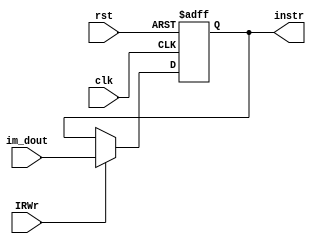
module IR (clk, rst, IRWr, im_dout, instr);
               
   input         clk;
   input         rst;
   input         IRWr; 
   input  [31:0] im_dout;
   output [31:0] instr;
   
   reg [31:0] instr;
               
   always @(posedge clk or posedge rst) begin
      if ( rst ) 
         instr <= 0;
      else if (IRWr)
         instr <= im_dout;
   end // end always
      
endmodule